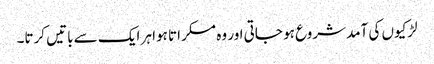
لڑکیوں کی آمد شروع ہو جاتی اور وہ مسکراتا ہوا ہر ایک سے باتیں کرتا۔